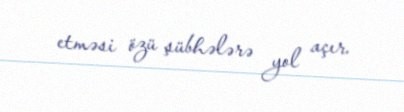
etməsi özü şübhələrə yol açır.